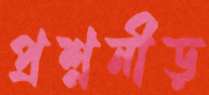
প্রশ্ননীড়